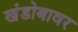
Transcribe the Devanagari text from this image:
खंडोबावर